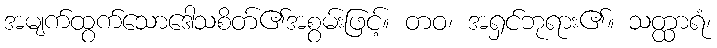
အမျက်ထွက်သောဒေါသစိတ်၏အစွမ်းဖြင့်။ တဝ၊ အရှင်ဘုရား၏။ သတ္ထာရံ၊